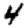
Digit: 4